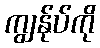
ကျွန်ုပ်ကို